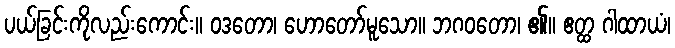
ပယ်ခြင်းကိုလည်းကောင်း။ ဝဒတော၊ ဟောတော်မူသော။ ဘဂဝတော၊ ၏။ ဧတ္ထ ဂါထာယံ၊